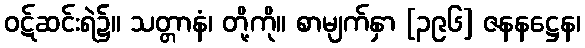
ဝဋ်ဆင်းရဲ၌။ သတ္တာနံ၊ တို့ကို။ စာမျက်နှာ [၃၉၆] ဇနနဋ္ဌေန၊